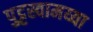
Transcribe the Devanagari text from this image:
पुट्टस्वामय्या